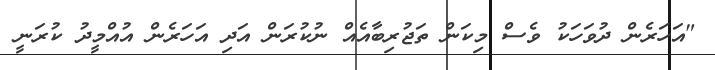
"އަހަރެން ދުވަހަކު ވެސް މިކަން ތަޖުރިބާއެއް ނުކުރަން އަދި އަހަރެން އުއްމީދު ކުރަނީ